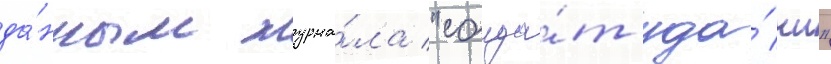
да́нным журна́ла "солда́т уда́чи"